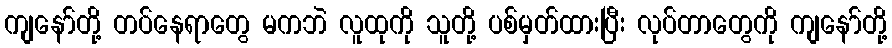
ကျနော်တို့ တပ်နေရာတွေ မကဘဲ လူထုကို သူတို့ ပစ်မှတ်ထားပြီး လုပ်တာတွေကို ကျနော်တို့